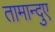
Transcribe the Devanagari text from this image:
तामान्दुए